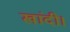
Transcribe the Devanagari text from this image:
खांदी।